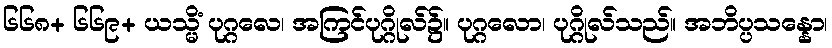
၆၆၈+ ၆၆၉+ ယသ္မိံ ပုဂ္ဂလေ၊ အကြင်ပုဂ္ဂိုလ်၌။ ပုဂ္ဂလော၊ ပုဂ္ဂိုလ်သည်။ အဘိပ္ပသန္နော၊